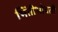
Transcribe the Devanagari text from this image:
भिंतीभोवती